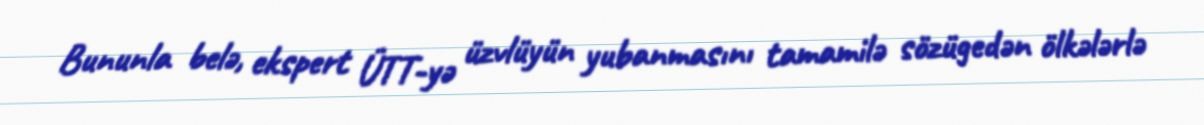
Bununla belə, ekspert ÜTT-yə üzvlüyün yubanmasını tamamilə sözügedən ölkələrlə